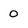
Character: 0